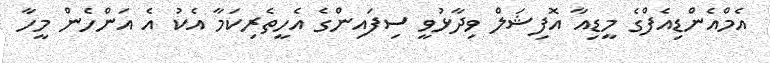
އެމްއެންޑިއެފްގެ މީޑިއާ އޮފިޝަލް ވިދާޅުވީ ސިފައިންގެ އެހީތެރިކަމާ އެކު އެ އަންހެން މީހާ